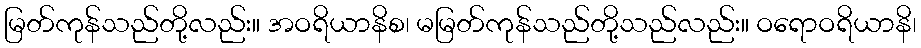
မြတ်ကုန်သည်တို့လည်း။ အဝရိယာနိစ၊ မမြတ်ကုန်သည်တို့သည်လည်း။ ဝရောဝရိယာနိ၊